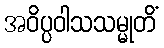
အဝိပ္ပဝါသသမ္မုတိံ